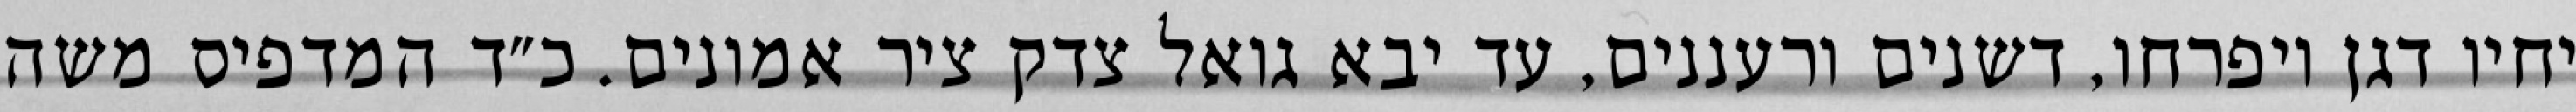
יחיו דגן ויפרחו, דשנים ורעננים, עד יבא גואל צדק ציר אמונים. כ״ד המדפיס משה